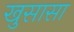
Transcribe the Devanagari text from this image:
खुसासा